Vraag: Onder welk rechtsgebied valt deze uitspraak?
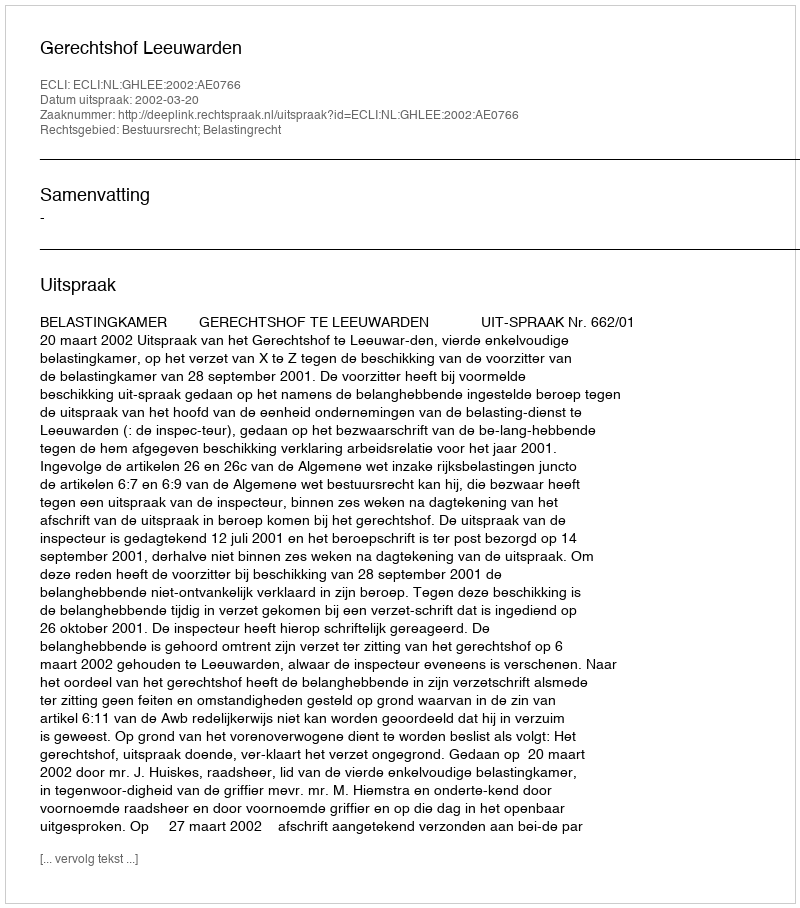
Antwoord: Bestuursrecht; Belastingrecht